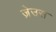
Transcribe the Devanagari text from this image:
ज़ेउस